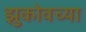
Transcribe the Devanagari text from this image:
झुकोवच्या